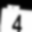
Digit: 4